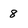
Character: 8